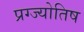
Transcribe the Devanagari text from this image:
प्रग्ज्योतिष